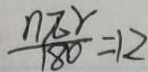
\frac { n \pi r } { 1 8 0 } = 1 2